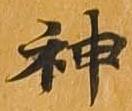
神